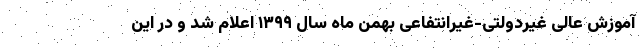
آموزش عالی غیردولتی-غیرانتفاعی بهمن ماه سال ۱۳۹۹ اعلام شد و در این